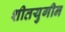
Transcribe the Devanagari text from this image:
शीतयुगीन